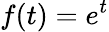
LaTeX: f(t)=e^{t}